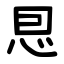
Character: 㤙